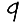
Digit: 9